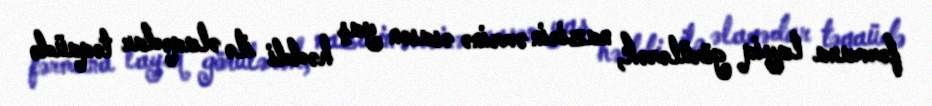
fərmana layiq görülərək, nazirin əmrinə əsasən yaş həddi ilə əlaqədar təqaüdə